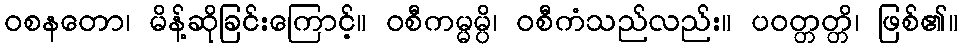
ဝစနတော၊ မိန့်ဆိုခြင်းကြောင့်။ ဝစီကမ္မမ္ပိ၊ ဝစီကံသည်လည်း။ ပဝတ္တတ္တိ၊ ဖြစ်၏။